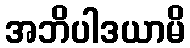
အဘိပါဒယာမိ